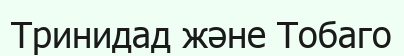
Тринидад және Тобаго